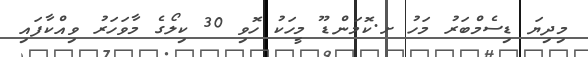
މިދިޔަ ޑިސެމްބަރު މަހު ށ.ކޮމަންޑޫ މީހަކު ހޮވި 30 ކިލޯގެ މާވަހަރު ވިއްކާފައި